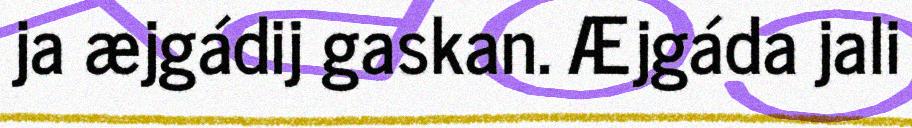
ja æjgádij gaskan. Æjgáda jali